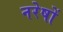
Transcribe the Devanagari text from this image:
नरेषों